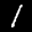
Label: 1